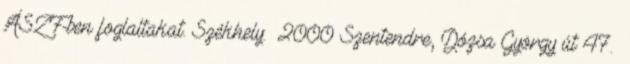
ÁSZF-ben foglaltakat. Székhely: 2000 Szentendre, Dózsa György út 47.